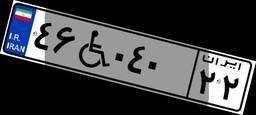
۴۶W۰۴۰۲۲